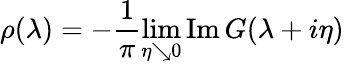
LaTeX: \rho(\lambda)=-\frac{1}{\pi}\operatorname*{lim}_{\eta\searrow 0}\mathrm{Im}\, G(\lambda+i\eta)